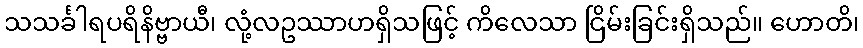
သသင်္ခါရပရိနိဗ္ဗာယီ၊ လုံ့လဥဿာဟရှိသဖြင့် ကိလေသာ ငြိမ်းခြင်းရှိသည်။ ဟောတိ၊